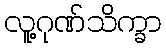
လူ့ဂုဏ်သိက္ခာ